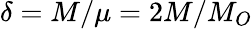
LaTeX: \delta=M/\mu=2M/M_{O}